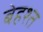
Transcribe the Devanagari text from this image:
बेहश्त